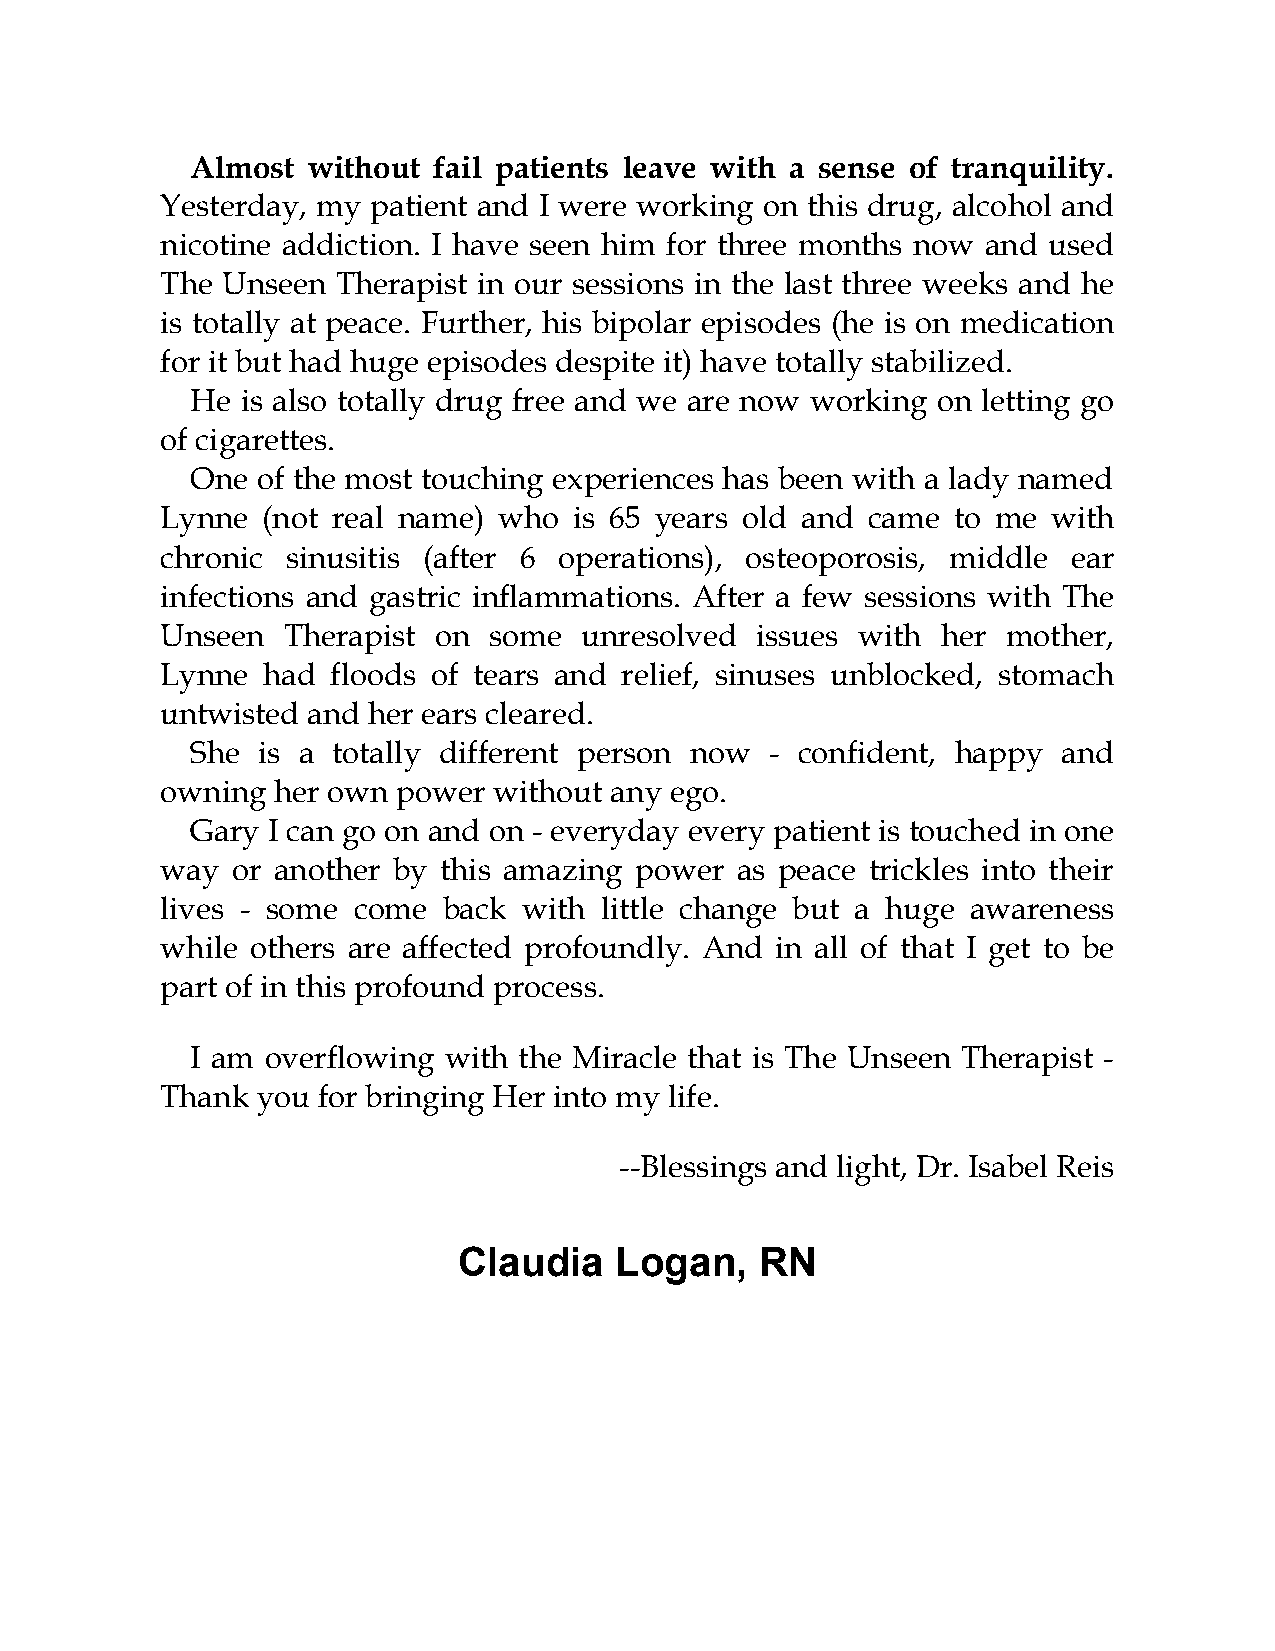
Almost without  fail patients leave with a sense of tranquility.
 Yesterday, my patient and I were working on this drug, alcohol and
 nicotine addiction. I have seen him for three months now and used
 The Unseen Therapist in our sessions in the last three weeks and he
 is totally at peace. Further, his bipolar episodes (he is on medication
 for it but had huge episodes despite it) have totally stabilized.
 He is also totally drug free and we are now working on letting go
 of cigarettes.
 One of the most touching experiences has been with a lady named
 Lynne (not real name) who  is 65 years old and came to me  with
 chronic sinusitis (after 6 operations), osteoporosis, middle ear
 infections and gastric inflammations. After a few sessions with The
 Unseen  Therapist on some  unresolved  issues with her  mother,
 Lynne had  floods of tears and relief, sinuses unblocked, stomach
 untwisted and her ears cleared.
 She is a totally different person now - confident, happy and
 owning her own power  without any ego.
 Gary I can go on and on - everyday every patient is touched in one
 way or another by this amazing power  as peace trickles into their
 lives - some come back  with little change but a huge awareness
 while others are affected profoundly. And in all of that I get to be
 part of in this profound process.
 I am overflowing with the Miracle that is The Unseen Therapist -
 Thank you for bringing Her into my life.
 --Blessings and light, Dr. Isabel Reis
 Claudia    Logan,   RN